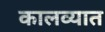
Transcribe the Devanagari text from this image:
कालव्यात